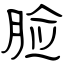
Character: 脸